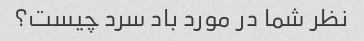
نظر شما در مورد باد سرد چیست؟